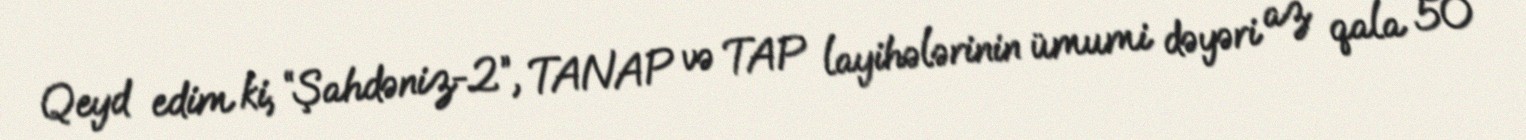
Qeyd edim ki, “Şahdəniz-2”, TANAP və TAP layihələrinin ümumi dəyəri az qala 50